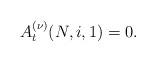
LaTeX: \begin{align*}A_{t}^{(\nu)}( N, i , 1) = 0.\end{align*}